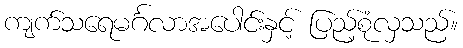
ကျက်သရေမင်္ဂလာအပေါင်းနှင့် ပြည့်စုံလှသည်။